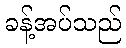
ခန့်အပ်သည်